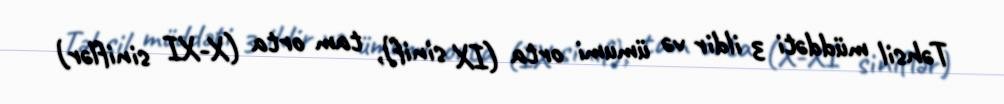
Təhsil müddəti 3 ildir və ümumi orta (IX sinif), tam orta (X-XI siniflər)